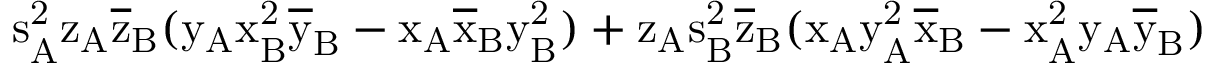
\mathrm { s _ { A } ^ { 2 } \mathrm { z _ { A } \mathrm { \overline { { z } } _ { B } ( \mathrm { y _ { A } \mathrm { x _ { B } ^ { 2 } \mathrm { \overline { { y } } _ { B } - \mathrm { x _ { A } \mathrm { \overline { { x } } _ { B } \mathrm { y _ { B } ^ { 2 } ) + \mathrm { z _ { A } \mathrm { s _ { B } ^ { 2 } \mathrm { \overline { { z } } _ { B } ( \mathrm { x _ { A } \mathrm { y _ { A } ^ { 2 } \mathrm { \overline { { x } } _ { B } - \mathrm { x _ { A } ^ { 2 } \mathrm { y _ { A } \mathrm { \overline { { y } } _ { B } ) } } } } } } } } } } } } } } } } } }